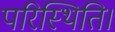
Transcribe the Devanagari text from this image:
परिस्थिति।